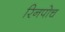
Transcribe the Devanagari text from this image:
रिनपोच